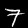
Digit: 7